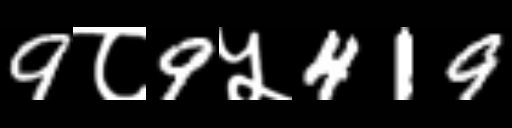
Text: 9८9५419